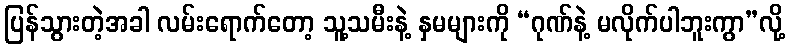
ပြန်သွားတဲ့အခါ လမ်းရောက်တော့ သူ့သမီးနဲ့ နှမများကို “ဂုဏ်နဲ့ မလိုက်ပါဘူးကွာ”လို့